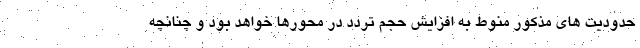
حدودیت های مذکور منوط به افزایش حجم تردد در محورها خواهد بود و چنانچه